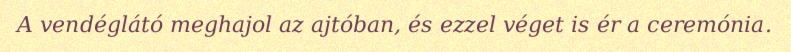
A vendéglátó meghajol az ajtóban, és ezzel véget is ér a ceremónia.